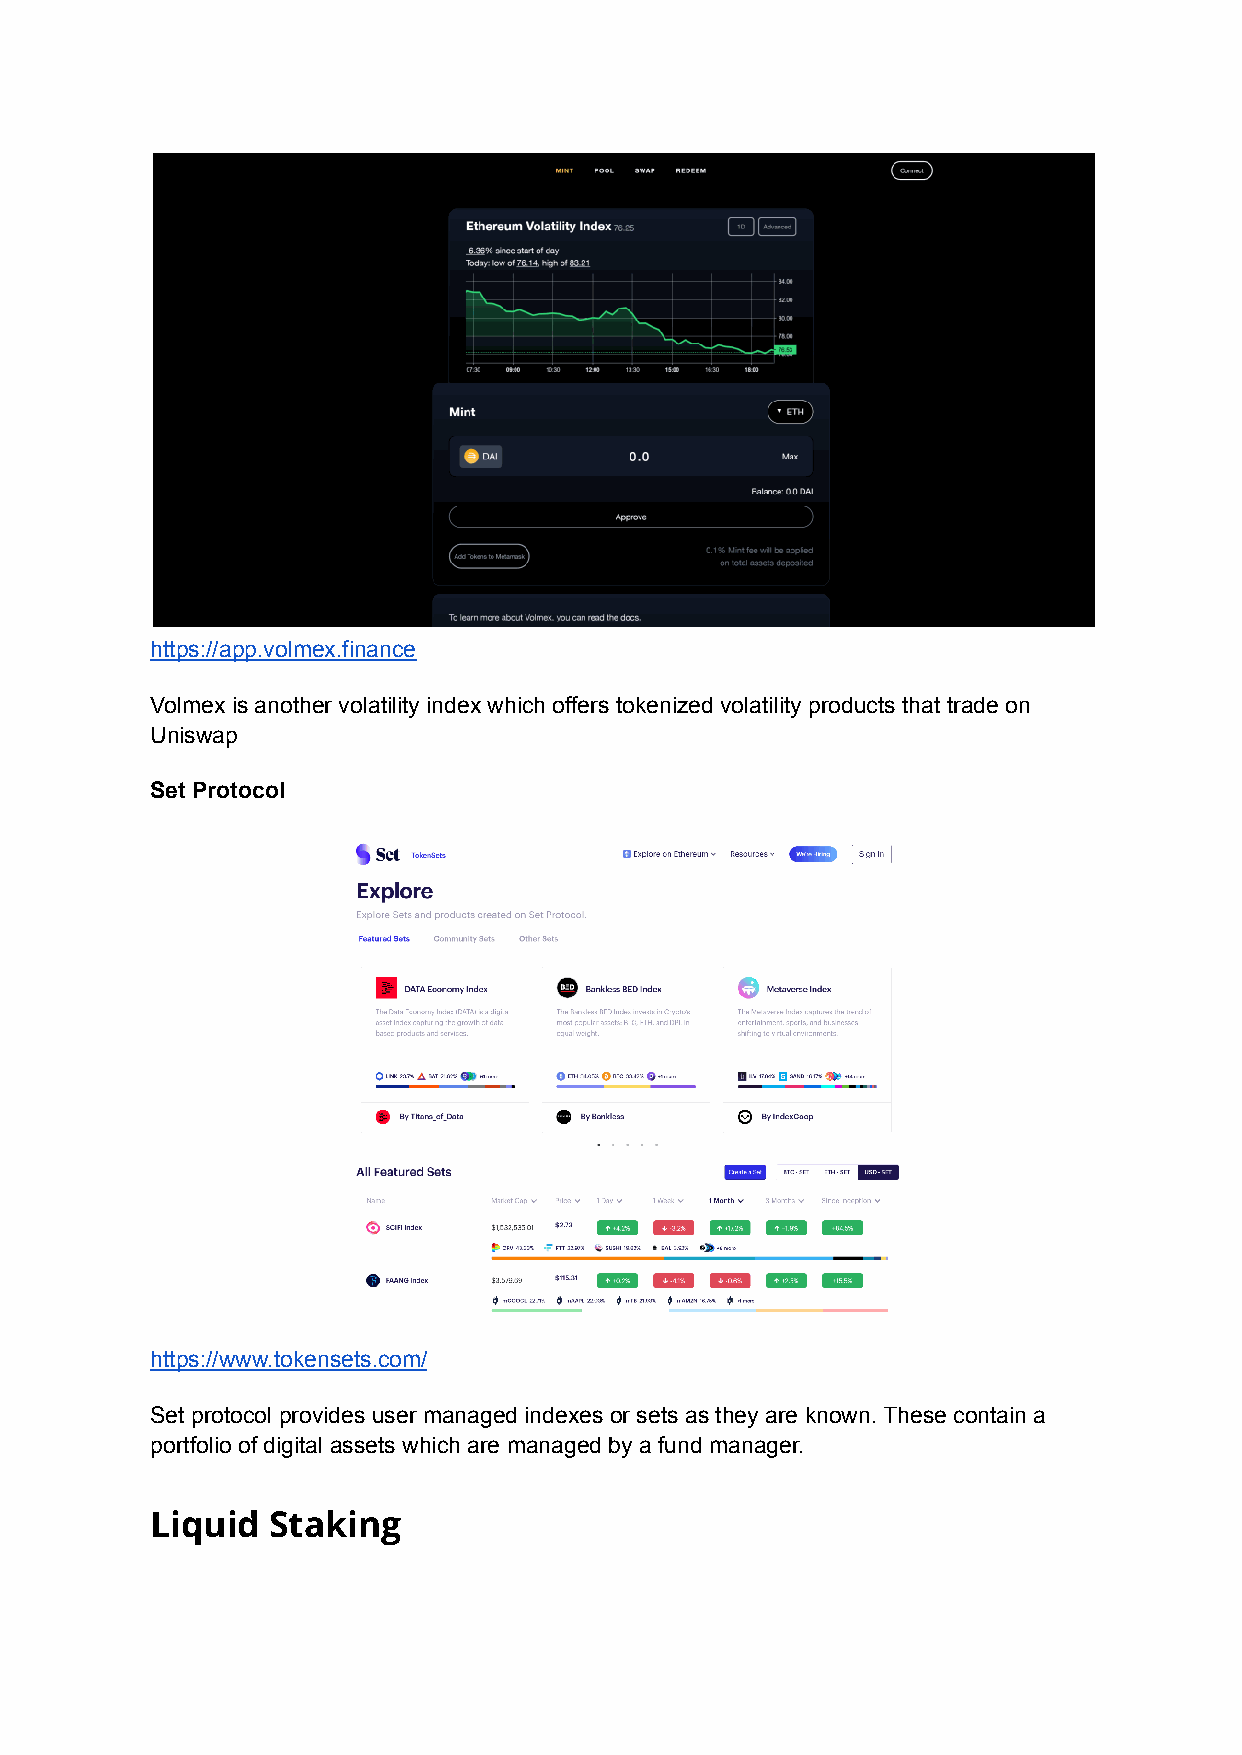
https://app.volmex.finance
 Volmex is another volatility index which offers tokenized volatility products that trade on
 Uniswap
 Set Protocol
 https://www.tokensets.com/
 Set protocol provides user managed indexes or sets as they are known. These contain a
 portfolio of digital assets which are managed by a fund manager.
 Liquid  Staking